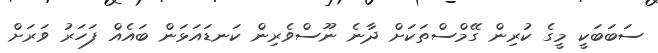
ސަބަބަކީ މީގެ ކުރިން ގޭމްސްތަކަށް ދާނެ ނޫސްވެރިން ކަނޑައަޅަން ބައެއް ފަހަރު ވަރަށް